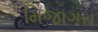
મિજાગરા